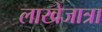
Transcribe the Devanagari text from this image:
लाखेजात्रा